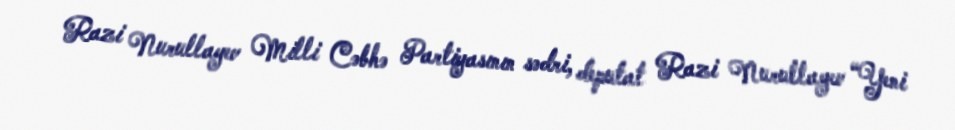
Razi Nurullayev Milli Cəbhə Partiyasının sədri, deputat Razi Nurullayev “Yeni